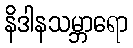
နိဒါနသမ္ဘာရော